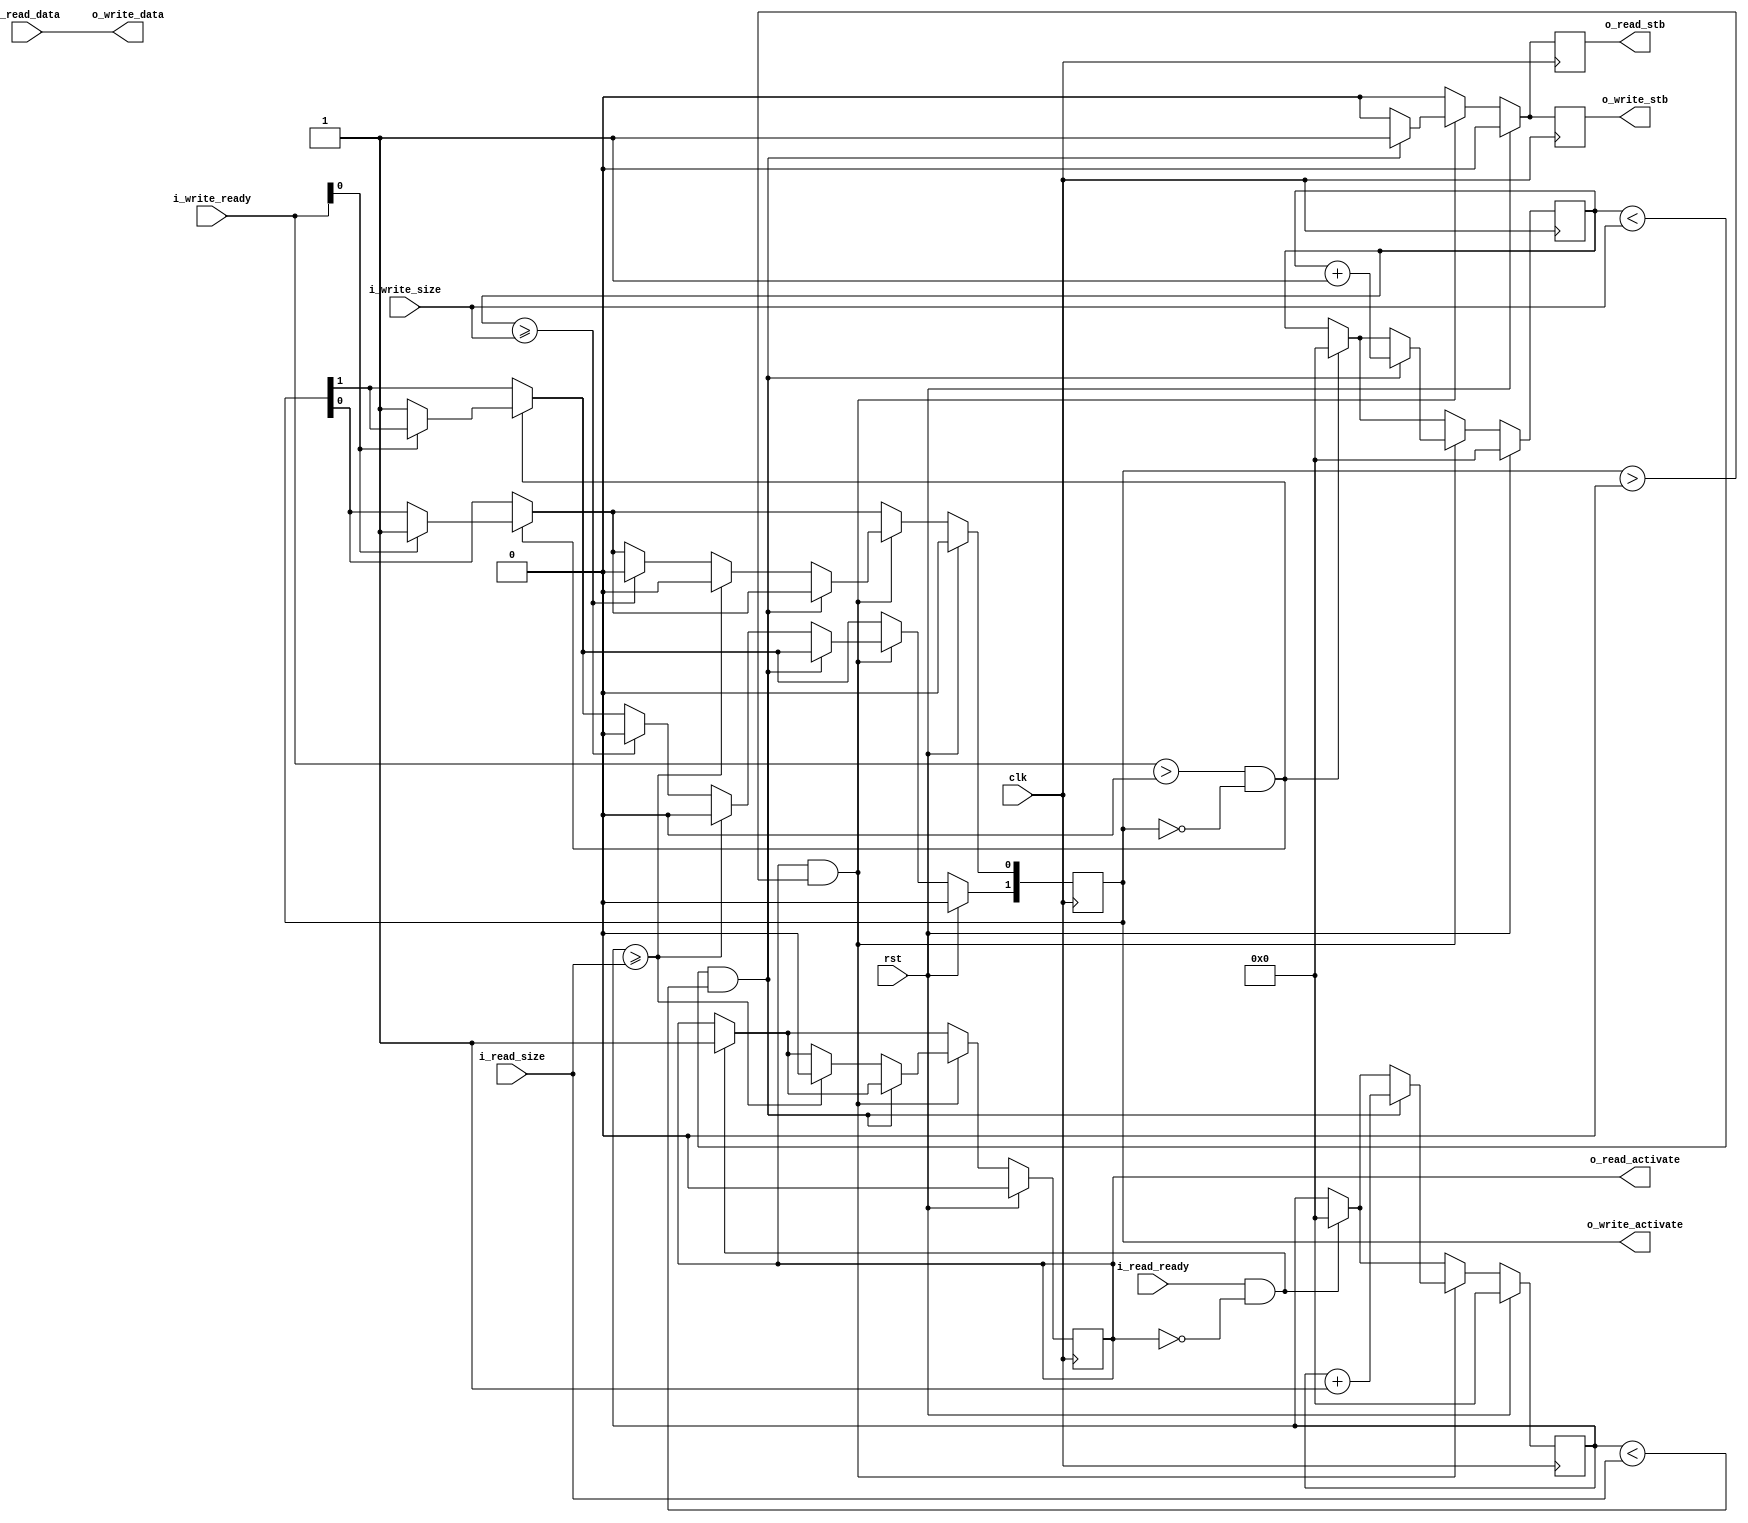
module adapter_ppfifo_2_ppfifo#(
  parameter DATA_WIDTH              = 32
)(
  input                               clk,
  input                               rst,
  input                               i_read_ready,
  output  reg                         o_read_activate,
  input           [23:0]              i_read_size,
  input           [DATA_WIDTH - 1:0]  i_read_data,
  output  reg                         o_read_stb,
  input           [1:0]               i_write_ready,
  output  reg     [1:0]               o_write_activate,
  input           [23:0]              i_write_size,
  output  reg                         o_write_stb,
  output          [DATA_WIDTH - 1:0]  o_write_data
);
reg [23:0]                            read_count;
reg [23:0]                            write_count;
assign  o_write_data    = i_read_data;
always @ (posedge clk) begin
  o_read_stb                      <=  0;
  o_write_stb                     <=  0;
  if (rst) begin
    o_write_activate              <=  0;
    o_read_activate               <=  0;
    write_count                   <=  0;
    read_count                    <=  0;
  end
  else begin
    if (i_read_ready && !o_read_activate) begin
      read_count                  <=  0;
      o_read_activate             <=  1;
    end
    if ((i_write_ready > 0) && (o_write_activate == 0)) begin
      write_count                   <=  0;
      if (i_write_ready[0]) begin
        o_write_activate[0]         <=  1;
      end
      else begin
        o_write_activate[1]         <=  1;
      end
    end
    if (o_read_activate && (o_write_activate > 0)) begin
      if ((write_count < i_write_size) && (read_count < i_read_size))begin
        o_write_stb                 <=  1;
        o_read_stb                  <=  1;
        write_count                 <=  write_count + 1;
        read_count                  <=  read_count + 1;
      end
      else begin
        if (write_count >= i_write_size) begin
          o_write_activate          <=  0;
        end
        if (read_count >= i_read_size) begin
          o_read_activate           <=  0;
          o_write_activate          <=  0;
        end
      end
    end
  end
end
endmodule